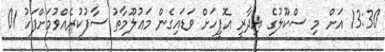
13:30 އަށް މި ސްކޫލުގެ އިދާރީ އޮފީހަށް ވަޑައިގެން މަޢުލޫމާތު ސާފުކުރެއްވުމަށްފަހު 01